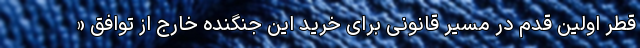
قطر اولین قدم در مسیر قانونی برای خرید این جنگنده خارج از توافق «